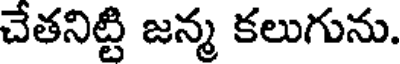
చేతనిట్టి జన్మ కలుగును.